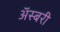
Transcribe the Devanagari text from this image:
अॅस्बरी